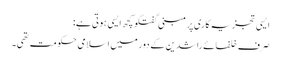
ایسی تجزیہ کاری پر مبنی گفتگو کچھ ایسی ہوتی ہے:
صرف خلفائے راشدین کے دور میں اسلامی حکومت تھی۔